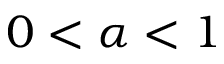
0 < \alpha < 1